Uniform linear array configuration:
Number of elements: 32
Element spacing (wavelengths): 1
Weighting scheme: cosine
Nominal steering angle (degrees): -30
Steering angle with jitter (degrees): -30.374
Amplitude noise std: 0.05
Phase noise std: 0.05

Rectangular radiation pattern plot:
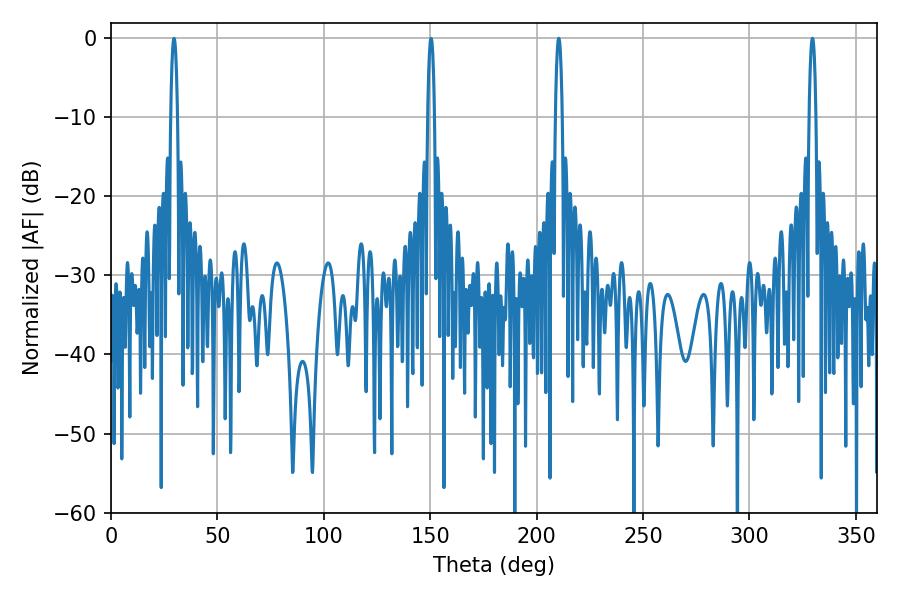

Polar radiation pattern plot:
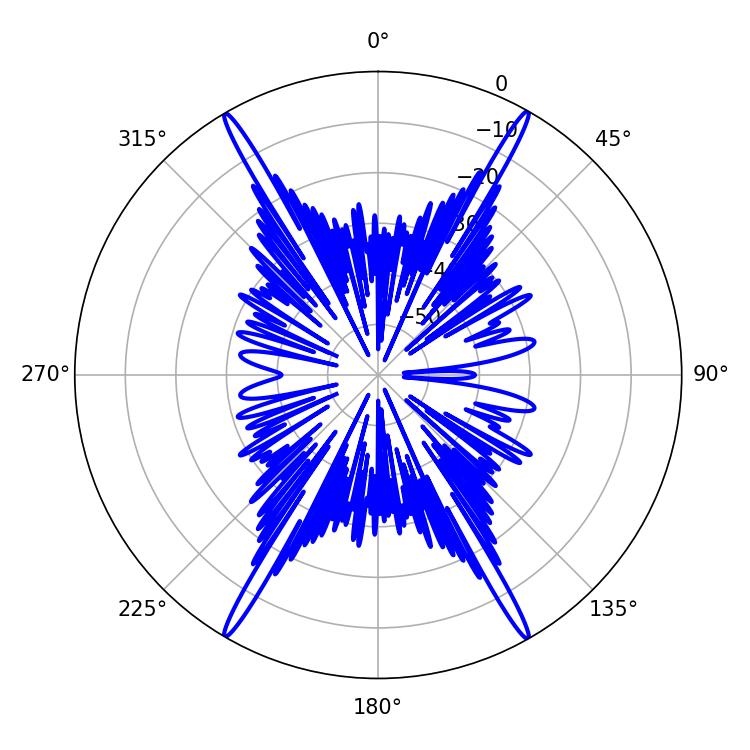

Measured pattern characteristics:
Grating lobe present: TRUE
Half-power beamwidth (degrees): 1.8
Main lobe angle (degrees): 210.42